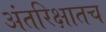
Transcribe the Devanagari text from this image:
अंतरिक्षातच